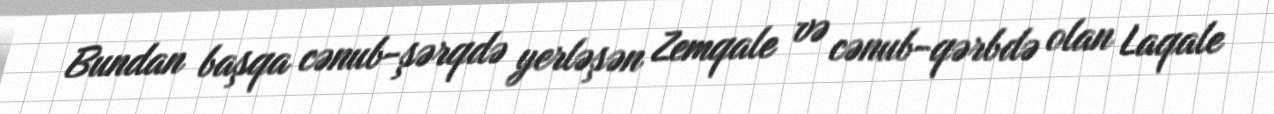
Bundan başqa cənub-şərqdə yerləşən Zemqale və cənub-qərbdə olan Laqale